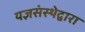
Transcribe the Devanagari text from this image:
यज्ञसंस्थेद्वारा